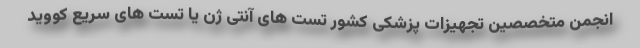
انجمن متخصصین تجهیزات پزشکی کشور تست های آنتی ژن یا تست های سریع کووید